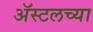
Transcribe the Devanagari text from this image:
ॲस्टलच्या